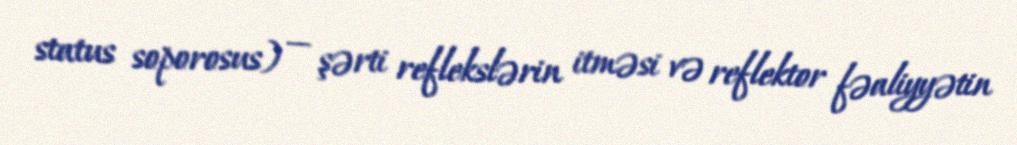
status soporosus) — şərti reflekslərin itməsi və reflektor fəaliyyətin